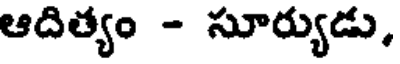
ఆదిత్యం - సూర్యుడు,